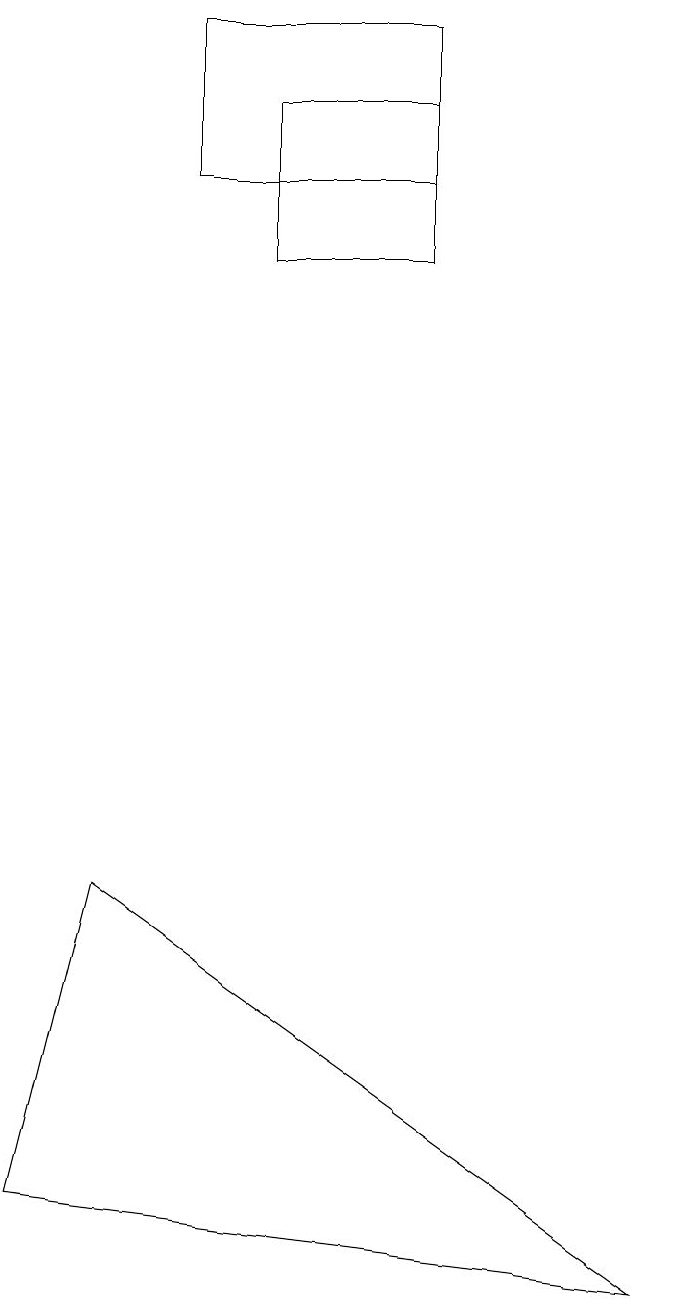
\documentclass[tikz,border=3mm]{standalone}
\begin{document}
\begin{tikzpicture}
\draw (9,0) -- (1,1) -- (2,5) -- cycle;
\draw (4,15) rectangle (6,13);
\draw (6,16) rectangle (3,14);
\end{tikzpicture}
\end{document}